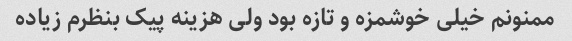
ممنونم خیلی خوشمزه و تازه بود ولی هزینه پیک بنظرم زیاده